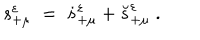
LaTeX: s _ { + \mu } ^ { \varepsilon } \; = \; \dot { s } _ { + \mu } ^ { \varepsilon } + \breve { s } _ { + \mu } ^ { \varepsilon } \; .